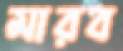
মারব